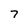
Character: 7